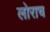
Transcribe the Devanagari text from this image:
लोराच